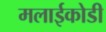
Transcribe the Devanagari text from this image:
मलाईकोडी